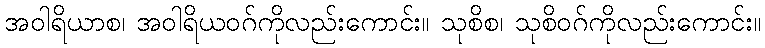
အဝါရိယာစ၊ အဝါရိယဝဂ်ကိုလည်းကောင်း။ သုစိစ၊ သုစိဝဂ်ကိုလည်းကောင်း။